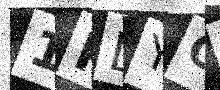
Text: 1PLYO9